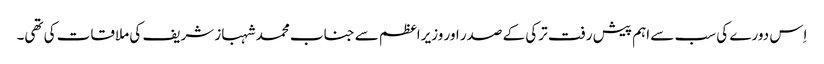
اِس دورے کی سب سے اہم پیش رفت ترکی کے صدر اور وزیراعظم سے جناب محمد شہباز شریف کی ملاقات کی تھی۔